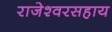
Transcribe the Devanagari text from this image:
राजेश्वरसहाय